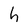
Character: h